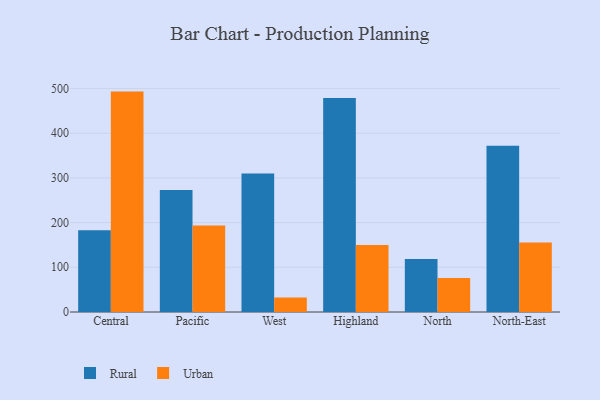
{"axis": {"x": "Region", "y": "Production Output"}, "legend": ["Rural", "Urban"], "data": [{"x": "Central", "y": 182.9, "type": "Rural"}, {"x": "Central", "y": 493.0, "type": "Urban"}, {"x": "Pacific", "y": 272.9, "type": "Rural"}, {"x": "Pacific", "y": 193.4, "type": "Urban"}, {"x": "West", "y": 309.8, "type": "Rural"}, {"x": "West", "y": 32.4, "type": "Urban"}, {"x": "Highland", "y": 478.8, "type": "Rural"}, {"x": "Highland", "y": 149.9, "type": "Urban"}, {"x": "North", "y": 118.4, "type": "Rural"}, {"x": "North", "y": 76.0, "type": "Urban"}, {"x": "North-East", "y": 371.7, "type": "Rural"}, {"x": "North-East", "y": 155.5, "type": "Urban"}]}